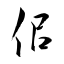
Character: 佀